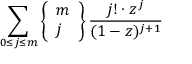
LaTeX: \sum _ { 0 \leq j \leq m } \left\{ { \begin{array} { l } { m } \\ { j } \end{array} } \right\} { \frac { j ! \cdot z ^ { j } } { ( 1 - z ) ^ { j + 1 } } }